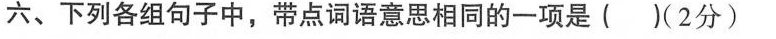
六、下列各组句子中，带点词语意思相同的一项是( )(2分)